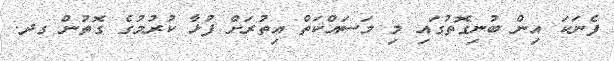
ފެނަކަ އިން ބުނިގޮތުގައި މި މަސައްކަތް އިތުރަށް ފުޅާ ކުރުމުގެ ގޮތުން ގދ.